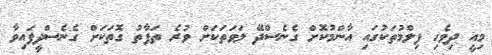
މިއީ ދިވެހި ފިލްމުތަކުގައި އާންމުކޮށް ގެނެސްދޭ ލަވަތަކަށް ވުރެ ތަފާތު ގޮތަކަށް ގެނެސްދީފައިވާ